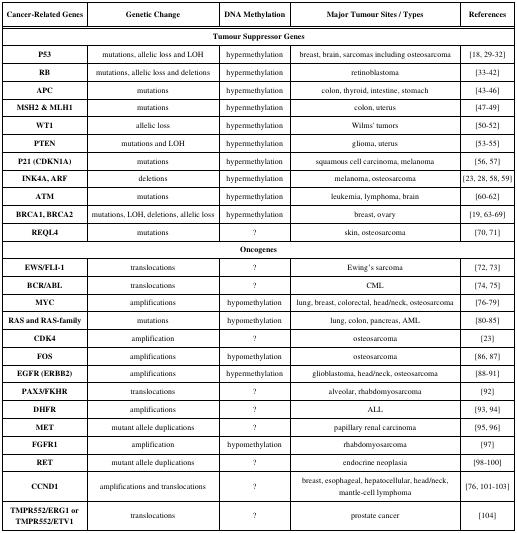
<table><thead><tr><td><b>Cancer-Related Genes</b></td><td><b>Genetic Change</b></td><td><b>DNA Methylation</b></td><td><b>Major Tumour Sites / Types</b></td><td><b>References</b></td></tr></thead><tbody><tr><td colspan="5"><b>Tumour Suppressor Genes</b></td></tr><tr><td><b>P53</b></td><td>mutations, allelic loss and LOH</td><td>hypermethylation</td><td>breast, brain, sarcomas including osteosarcoma</td><td>[18, 29-32]</td></tr><tr><td><b>RB</b></td><td>mutations, allelic loss and deletions</td><td>hypermethylation</td><td>retinoblastoma</td><td>[33-42]</td></tr><tr><td><b>APC</b></td><td>mutations</td><td>hypermethylation</td><td>colon, thyroid, intestine, stomach</td><td>[43-46]</td></tr><tr><td><b>MSH2 &amp; MLH1</b></td><td>mutations</td><td>hypermethylation</td><td>colon, uterus</td><td>[47-49]</td></tr><tr><td><b>WT1</b></td><td>allelic loss</td><td>hypermethylation</td><td>Wilms&#x27; tumors</td><td>[50-52]</td></tr><tr><td><b>PTEN</b></td><td>mutations and LOH</td><td>hypermethylation</td><td>glioma, uterus</td><td>[53-55]</td></tr><tr><td><b>P21 (CDKN1A)</b></td><td>mutations</td><td>hypermethylation</td><td>squamous cell carcinoma, melanoma</td><td>[56, 57]</td></tr><tr><td><b>INK4A, ARF</b></td><td>deletions</td><td>hypermethylation</td><td>melanoma, osteosarcoma</td><td>[23, 28, 58, 59]</td></tr><tr><td><b>ATM</b></td><td>mutations</td><td>hypermethylation</td><td>leukemia, lymphoma, brain</td><td>[60-62]</td></tr><tr><td><b>BRCA1, BRCA2</b></td><td>mutations, LOH, deletions, allelic loss</td><td>hypermethylation</td><td>breast, ovary</td><td>[19, 63-69]</td></tr><tr><td><b>REQL4</b></td><td>mutations</td><td>?</td><td>skin, osteosarcoma</td><td>[70, 71]</td></tr><tr><td colspan="5"><b>Oncogenes</b></td></tr><tr><td><b>EWS/FLI-1</b></td><td>translocations</td><td>?</td><td>Ewing’s sarcoma</td><td>[72, 73]</td></tr><tr><td><b>BCR/ABL</b></td><td>translocations</td><td>?</td><td>CML</td><td>[74, 75]</td></tr><tr><td><b>MYC</b></td><td>amplifications</td><td>hypomethylation</td><td>lung, breast, colorectal, head/neck, osteosarcoma</td><td>[76-79]</td></tr><tr><td><b>RAS and RAS-family</b></td><td>mutations</td><td>hypomethylation</td><td>lung, colon, pancreas, AML</td><td>[80-85]</td></tr><tr><td><b>CDK4</b></td><td>amplification</td><td>?</td><td>osteosarcoma</td><td>[23]</td></tr><tr><td><b>FOS</b></td><td>amplifications</td><td>hypomethylation</td><td>osteosarcoma</td><td>[86, 87]</td></tr><tr><td><b>EGFR (ERBB2)</b></td><td>amplifications</td><td>hypermethylation</td><td>glioblastoma, head/neck, osteosarcoma</td><td>[88-91]</td></tr><tr><td><b>PAX3/FKHR</b></td><td>translocations</td><td>?</td><td>alveolar, rhabdomyosarcoma</td><td>[92]</td></tr><tr><td><b>DHFR</b></td><td>amplifications</td><td>?</td><td>ALL</td><td>[93, 94]</td></tr><tr><td><b>MET</b></td><td>mutant allele duplications</td><td>?</td><td>papillary renal carcinoma</td><td>[95, 96]</td></tr><tr><td><b>FGFR1</b></td><td>amplification</td><td>hypomethylation</td><td>rhabdomyosarcoma</td><td>[97]</td></tr><tr><td><b>RET</b></td><td>mutant allele duplications</td><td>?</td><td>endocrine neoplasia</td><td>[98-100]</td></tr><tr><td><b>CCND1</b></td><td>amplifications and translocations</td><td>?</td><td>breast, esophageal, hepatocellular,head/neck, mantle-cell lymphoma</td><td>[76, 101-103]</td></tr><tr><td><b>TMPR552/ERG1 or TMPR552/ETV1</b></td><td>translocations</td><td>?</td><td>prostate cancer</td><td>[104]</td></tr></tbody></table>